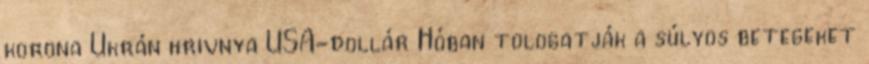
korona Ukrán hrivnya USA-dollár Hóban tologatják a súlyos betegeket